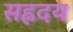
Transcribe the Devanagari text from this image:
सह्रदय